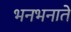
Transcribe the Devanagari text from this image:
भनभनाते